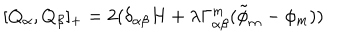
LaTeX: [ Q _ { \alpha } , Q _ { \beta } ] _ { + } = 2 ( \delta _ { \alpha \beta } H + \lambda \Gamma _ { \alpha \beta } ^ { m } ( \tilde { \phi } _ { m } - \phi _ { m } ) )